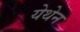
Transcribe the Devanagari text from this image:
येथेन